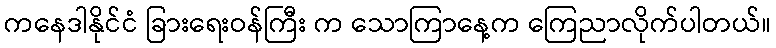
ကနေဒါနိုင်ငံ ခြားရေးဝန်ကြီး က သောကြာနေ့က ကြေညာလိုက်ပါတယ်။